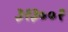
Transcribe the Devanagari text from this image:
३१३००१